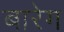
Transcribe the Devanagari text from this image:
बारेग